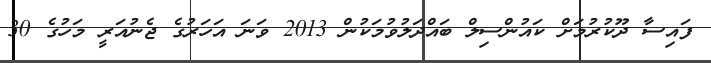
ފައިސާ ދޫކުރުމަށް ކައުންސިލް ބައްދަލުވުމަކުން 2013 ވަނަ އަހަރުގެ ޖެނުއަރީ މަހުގެ 30